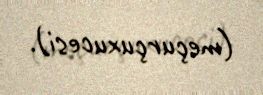
(meçurçuxucesi).